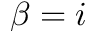
\beta = i